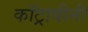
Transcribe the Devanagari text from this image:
कॉट्रावीनी